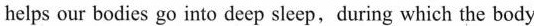
helps our bodies go into deep sleep, during which the body